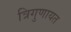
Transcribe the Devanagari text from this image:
त्रिगुणायत